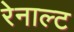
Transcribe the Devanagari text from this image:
रेनाल्ट